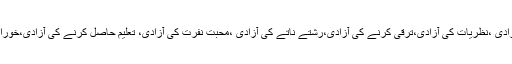
کہ ذہنوں کی آزادی،افکار کی آزادی،سوچوں کی آزادی ،فیصلوں کی آزادی ،عبادات کی آزادی ،نظریات کی آزادی،ترقی کرنے کی آزادی،رشتے ناتے کی آزادی ،محبت نفرت کی آزادی، تعلیم حاصل کرنے کی آزادی،خوراک، املاک،پوشاک کی آزادی،پسندنا پسندکی آزادی،زبان قلم کی آزادی آزادی کہلاتی ہے ۔